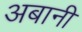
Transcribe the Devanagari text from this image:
अबानी